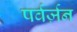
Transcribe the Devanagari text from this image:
पर्वर्ज़न